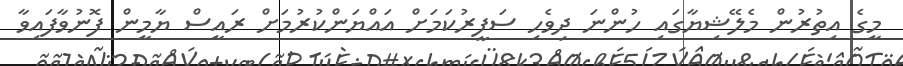
މީގެ އިތުރުން މެލޭޝިޔާގައި ހުންނަ ދިވެހި ސަފީރުކަމަށް އައްޔަންކުރުމަށް ރައީސް ޔާމީން ފޮނުވާފައިވާ